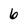
Character: 6